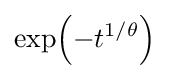
\exp \!\left(-t^{1/\theta }\right)